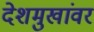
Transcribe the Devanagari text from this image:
देशमुखांवर